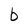
Character: b